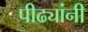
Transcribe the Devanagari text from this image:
पीढ्यांनी